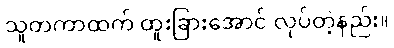
သူတကာထက် ထူးခြားအောင် လုပ်တဲ့နည်း။